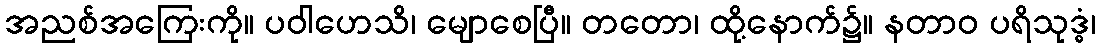
အညစ်အကြေးကို။ ပဝါဟေသိ၊ မျောစေပြီ။ တတော၊ ထို့နောက်၌။ နတာဝ ပရိသုဒ္ဓံ၊